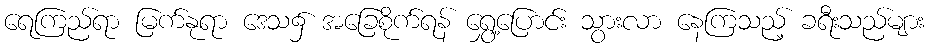
ရေကြည်ရာ မြက်နုရာ ဒေသ၌ အခြေစိုက်ရန် ရွှေ့ပြောင်း သွားလာ နေကြသည့် ခရီးသည်များ